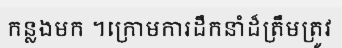
កន្លងមក ។ក្រោមការដឹកនាំដ៏ត្រឹមត្រូវ